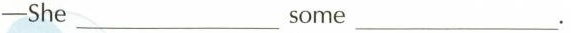
—She___some___.